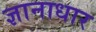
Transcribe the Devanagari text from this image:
ज्ञानाधार